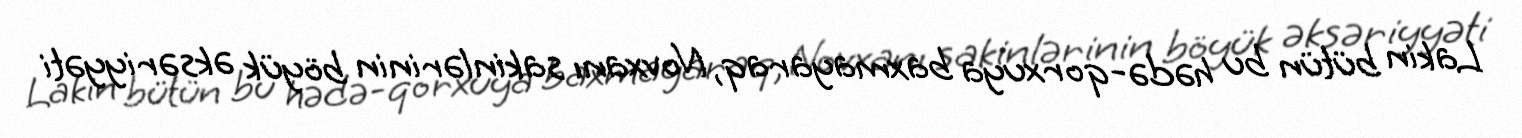
Lakin bütün bu hədə-qorxuya baxmayaraq, Novxanı sakinlərinin böyük əksəriyyəti